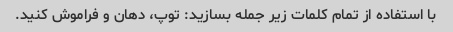
با استفاده از تمام کلمات زیر جمله بسازید: توپ، دهان و فراموش کنید.